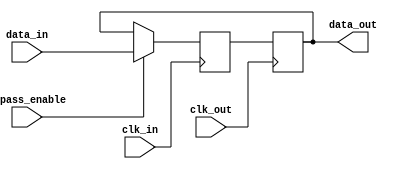
module Cascade_Bypass_Register (
    input wire clk_in,
    input wire clk_out,
    input wire bypass_enable,
    input wire [7:0] data_in,
    output reg [7:0] data_out
);

reg [7:0] reg_data;

always @(posedge clk_in) begin
    if (bypass_enable) begin
        reg_data <= data_in;
    end else begin
        reg_data <= data_out;
    end
end

always @(posedge clk_out) begin
    data_out <= reg_data;
end

endmodule